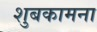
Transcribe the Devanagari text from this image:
शुबकामना